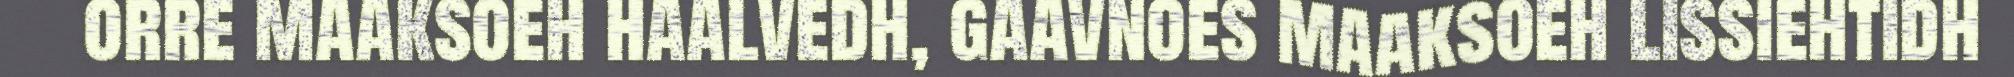
orre maaksoeh haalvedh, gaavnoes maaksoeh lissiehtidh